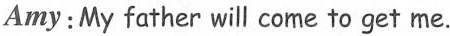
Amy: My father will come to get me.